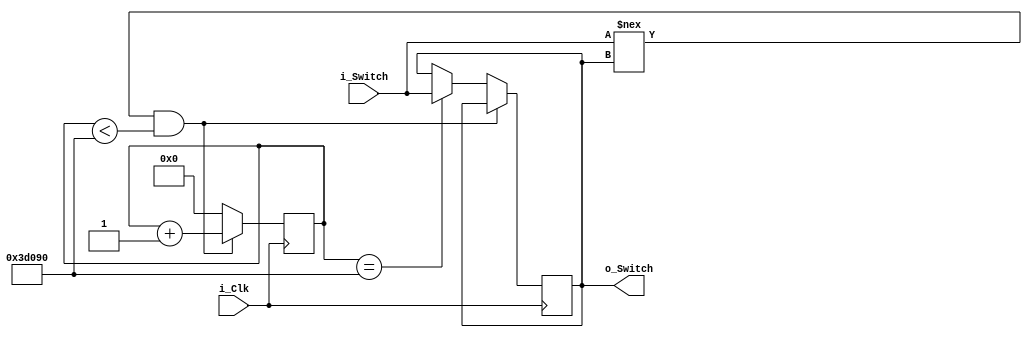
module debounce_switch
	(input i_Clk,
	input i_Switch,
	output o_Switch);

	parameter c_DEBOUNCE_LIMIT = 250000; //param are constants

	reg r_State = 1'b0;
	reg [17:0] r_count = 0; 
	
	always @(posedge i_Clk) 
		begin
			if(i_Switch !== r_State && r_count < c_DEBOUNCE_LIMIT)
				 r_count <= r_count +1; //counter
			else if (r_count == c_DEBOUNCE_LIMIT)
				begin
					r_count <=0;
					r_State <= i_Switch;
				end	
			else
				r_count <=0;
		end
	assign o_Switch = r_State;
endmodule